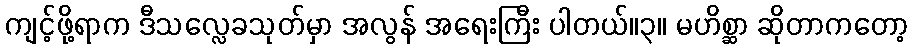
ကျင့်ဖို့ရာက ဒီသလ္လေခသုတ်မှာ အလွန် အရေးကြီး ပါတယ်။၃။ မဟိစ္ဆာ ဆိုတာကတော့